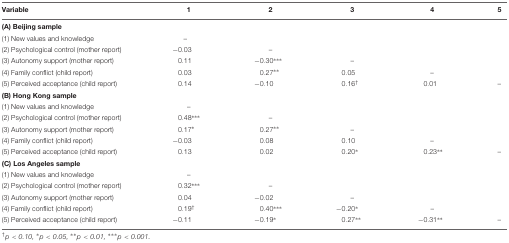
| Variable | 1 | 2 | 3 | 4 | 5 |
 | --- | --- | --- | --- | --- | --- |
 | (A) Beijing sample |  |  |  |  |
 | (1) New values and knowledge | – |  |  |  |  |
 | (2) Psychological control (mother report) | -0.03 | – |  |  |  |
 | (3) Autonomy support (mother report) | 0.11 | -0.30*** | – |  |  |
 | (4) Family conflict (child report) | 0.03 | 0.27** | 0.05 | – |  |
 | (5) Perceived acceptance (child report) | 0.14 | -0.10 | 0.16† | 0.01 | – |
 | (B) Hong Kong sample |
 | (1) New values and knowledge | – |  |  |  |  |
 | (2) Psychological control (mother report) | 0.48*** | – |  |  |  |
 | (3) Autonomy support (mother report) | 0.17* | 0.27** | – |  |  |
 | (4) Family conflict (child report) | -0.03 | 0.08 | 0.10 | – |  |
 | (5) Perceived acceptance (child report) | 0.13 | 0.02 | 0.20* | 0.23** | – |
 | (C) Los Angeles sample |
 | (1) New values and knowledge | – |  |  |  |  |
 | (2) Psychological control (mother report) | 0.32*** | – |  |  |  |
 | (3) Autonomy support (mother report) | 0.04 | -0.02 | – |  |  |
 | (4) Family conflict (child report) | 0.19† | 0.40*** | -0.20* | – |  |
 | (5) Perceived acceptance (child report) | -0.11 | -0.19* | 0.27** | -0.31** | – |